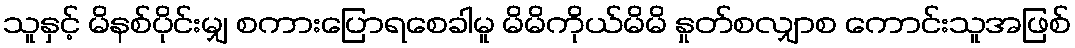
သူနှင့် မိနစ်ပိုင်းမျှ စကားပြောရစေခါမူ မိမိကိုယ်မိမိ နှုတ်စလျှာစ ကောင်းသူအဖြစ်